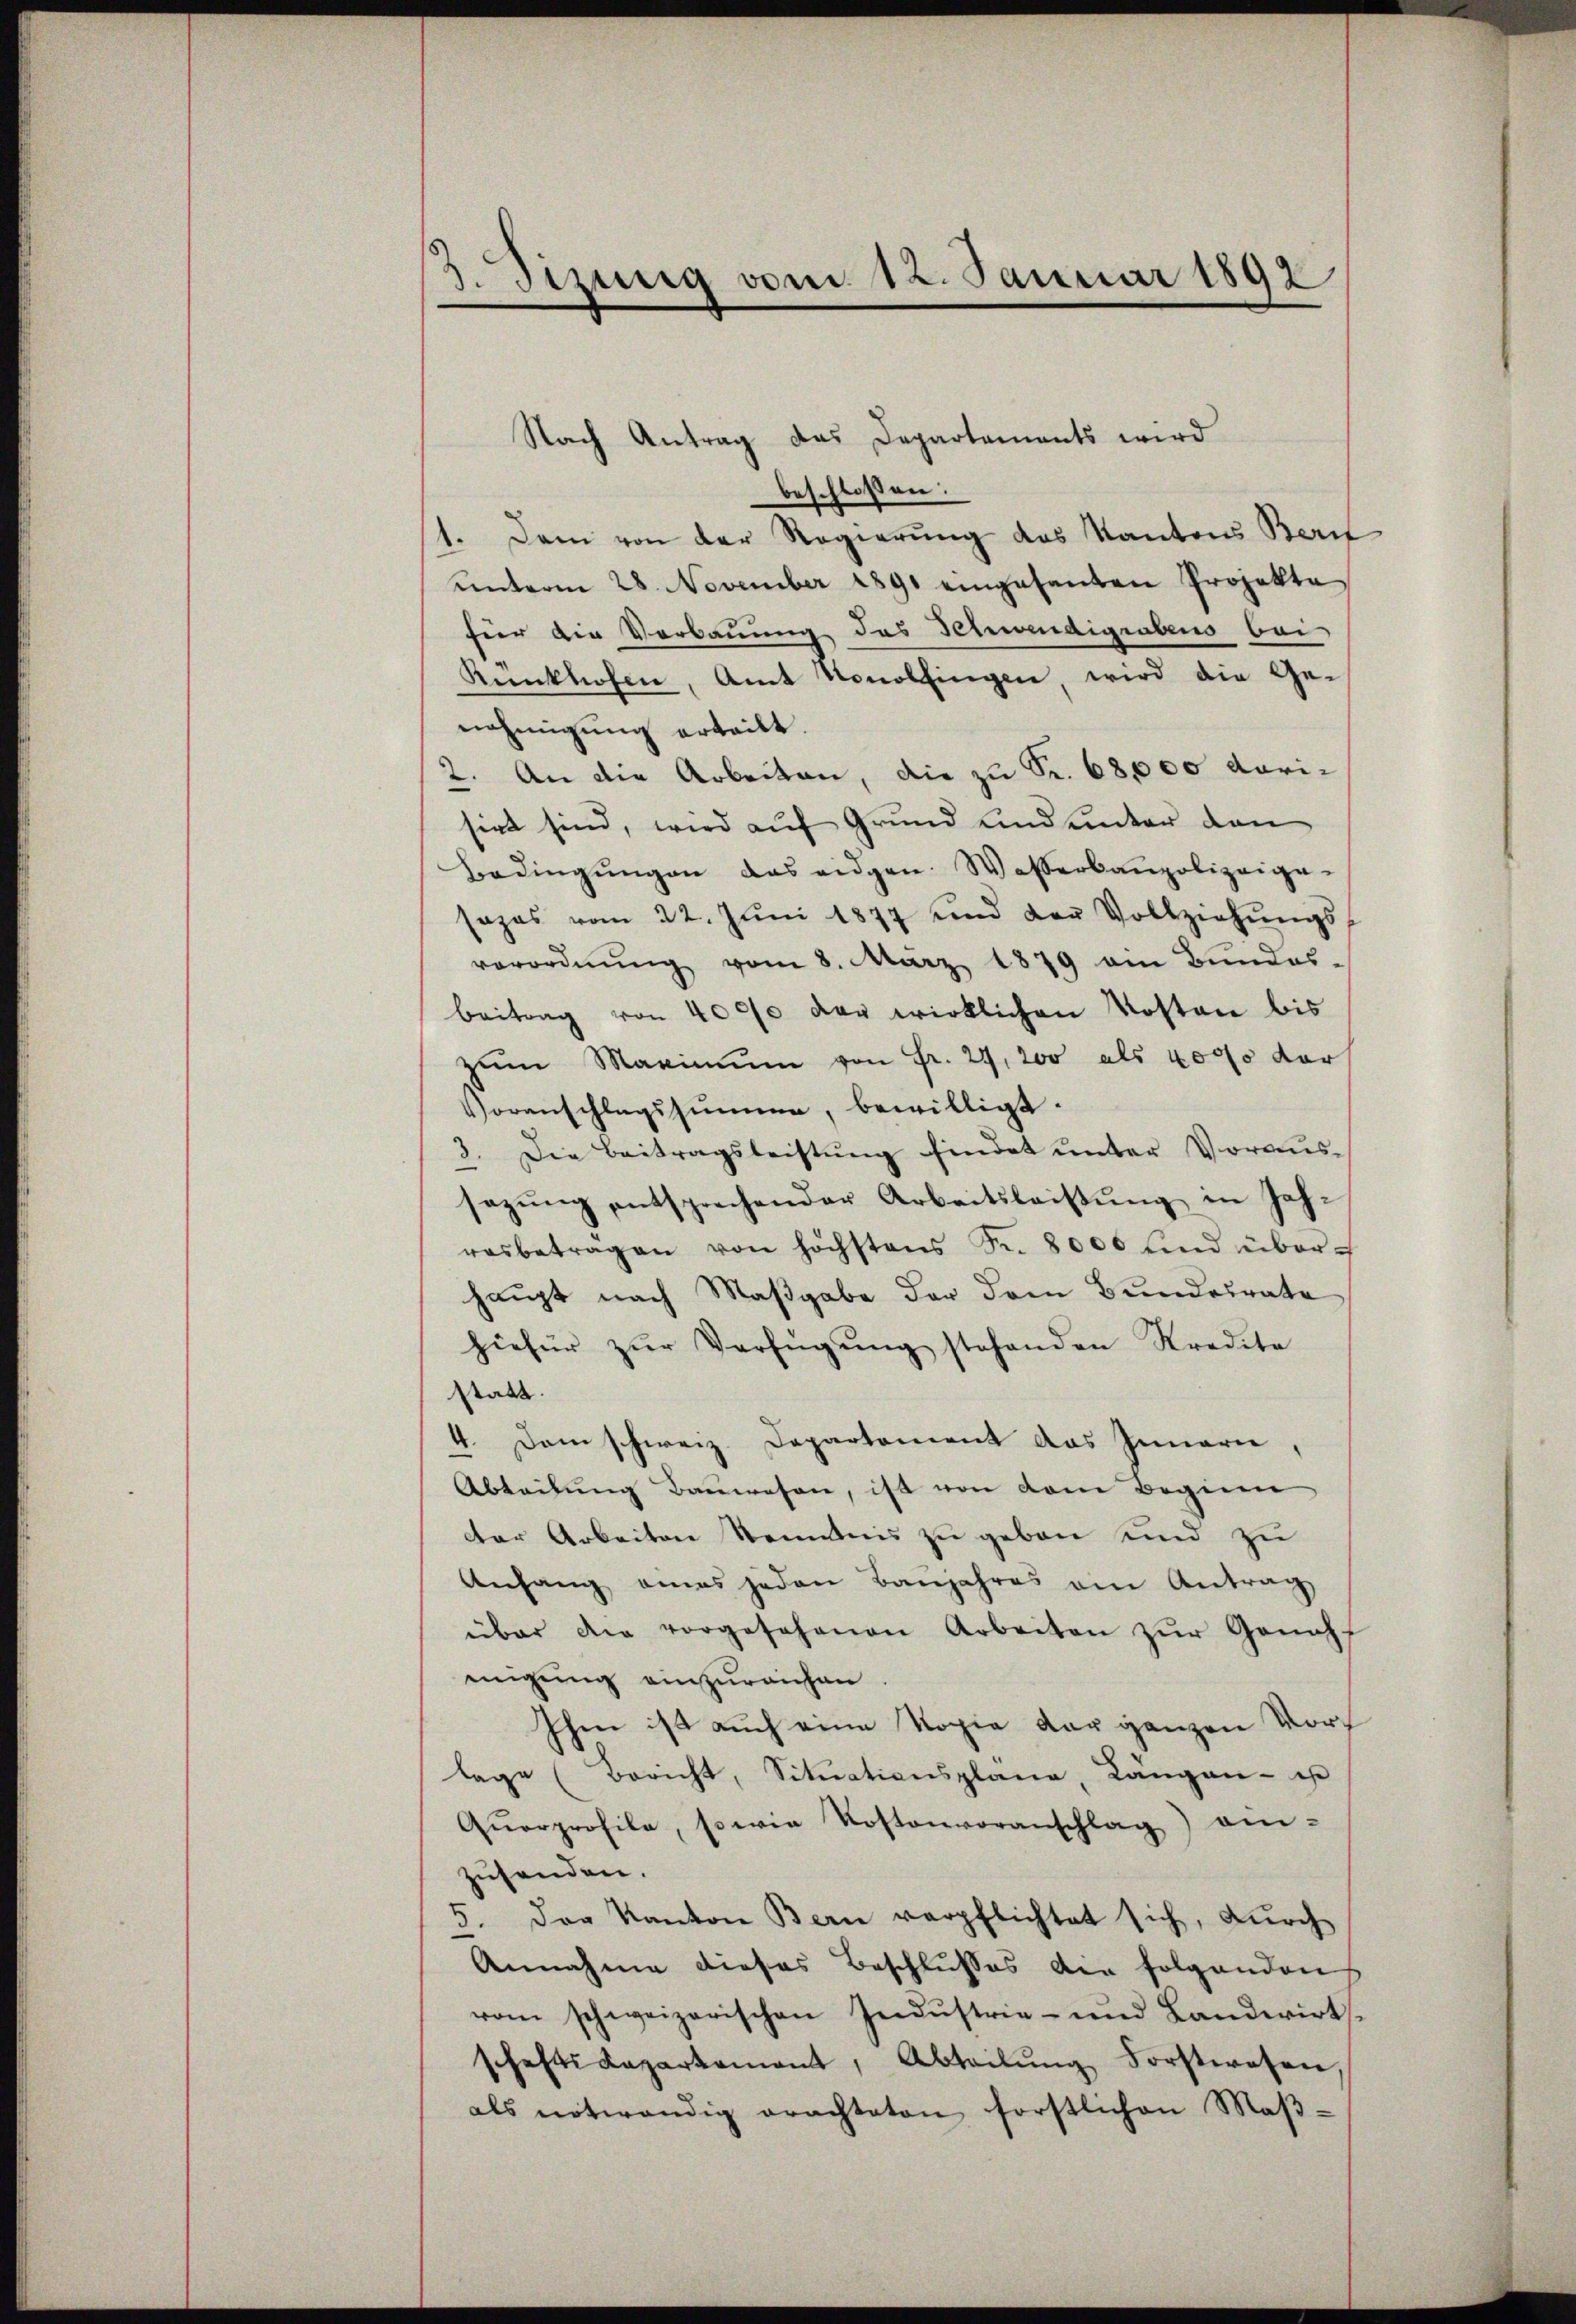
3. Szirig vom 12. Januar 1892

Nach Antrag das Departements wird
beschlossen:
1. Dann von der Regierung des Kantons Beri
unterm 28. November 1891 eingesanten Projekte
für die Verbauung des Schwendigrabens bei
Rünkhofen, Amt Konolfingen, wird die Ge-
nehmigung erteilt.
2. An die Arbeiten, die zu S. 68,000 darisirt sind, wird auf Grund und unter den
Bedingŭngen das eidgen. Wasserbaupolizeige-
sapas vom 22. Jŭni 1877 und der Vollziehŭngs-
verordnŭng vom 8. März 1879 am Bundes-
beitrag von 4000 der wirklichen Kosten bis
zŭm Maximum von Fr. 29, 200 als 4000 der
Voranschlagshimmen, bewilligt.
3. Die Beitragsleistung findet unter Voraussazŭng entsprechender Arbeitsleiβŭng in Jah-
rasbetragen von höchstens Fr. 8000 und über-
haupt nach Maßgabe der dem Bundesrate
hiefür zŭr Verfügŭng stehenden Kredita
statt.
4. Dem schweiz. Departement das Innern,
Abteilung Bauwesen, ist von dem Beginn
der Arbeiten Senntnis zu geben und zu
Anhang eines jeden Baŭjahres am Antrag
über die vorgesehenen Arbeiten zŭr Genüff
migung einzureichen
Ihen ist auch eine Kopie der ganzen Vorf
lage (Bericht, Situationsplana, Längen - es
Qŭarprofile, sowie Kostenvoranschlag ein-
zusenden.
5. Der Kanton Bern verpflichtet sich, dŭrch
Annahme dieses Beschlusses die folgenden
vom schweizerischen Industrie- und Landwirts-
schaftsdepartement, Abteilŭng Forstwesen,
als notwendig erachteten forstlichen Maß¬